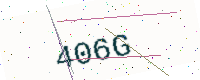
Text: 406G